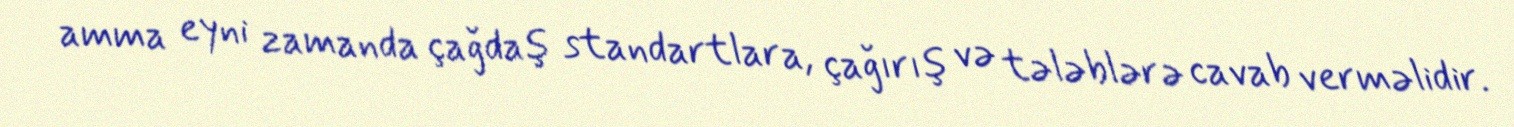
amma eyni zamanda çağdaş standartlara, çağırış və tələblərə cavab verməlidir.